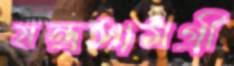
যন্ত্রসামগ্রী